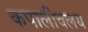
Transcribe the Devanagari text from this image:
कपालीवलय